65_HS1-834228961_62-HQ-83894_Section_4
Agency: FBI
Page 71
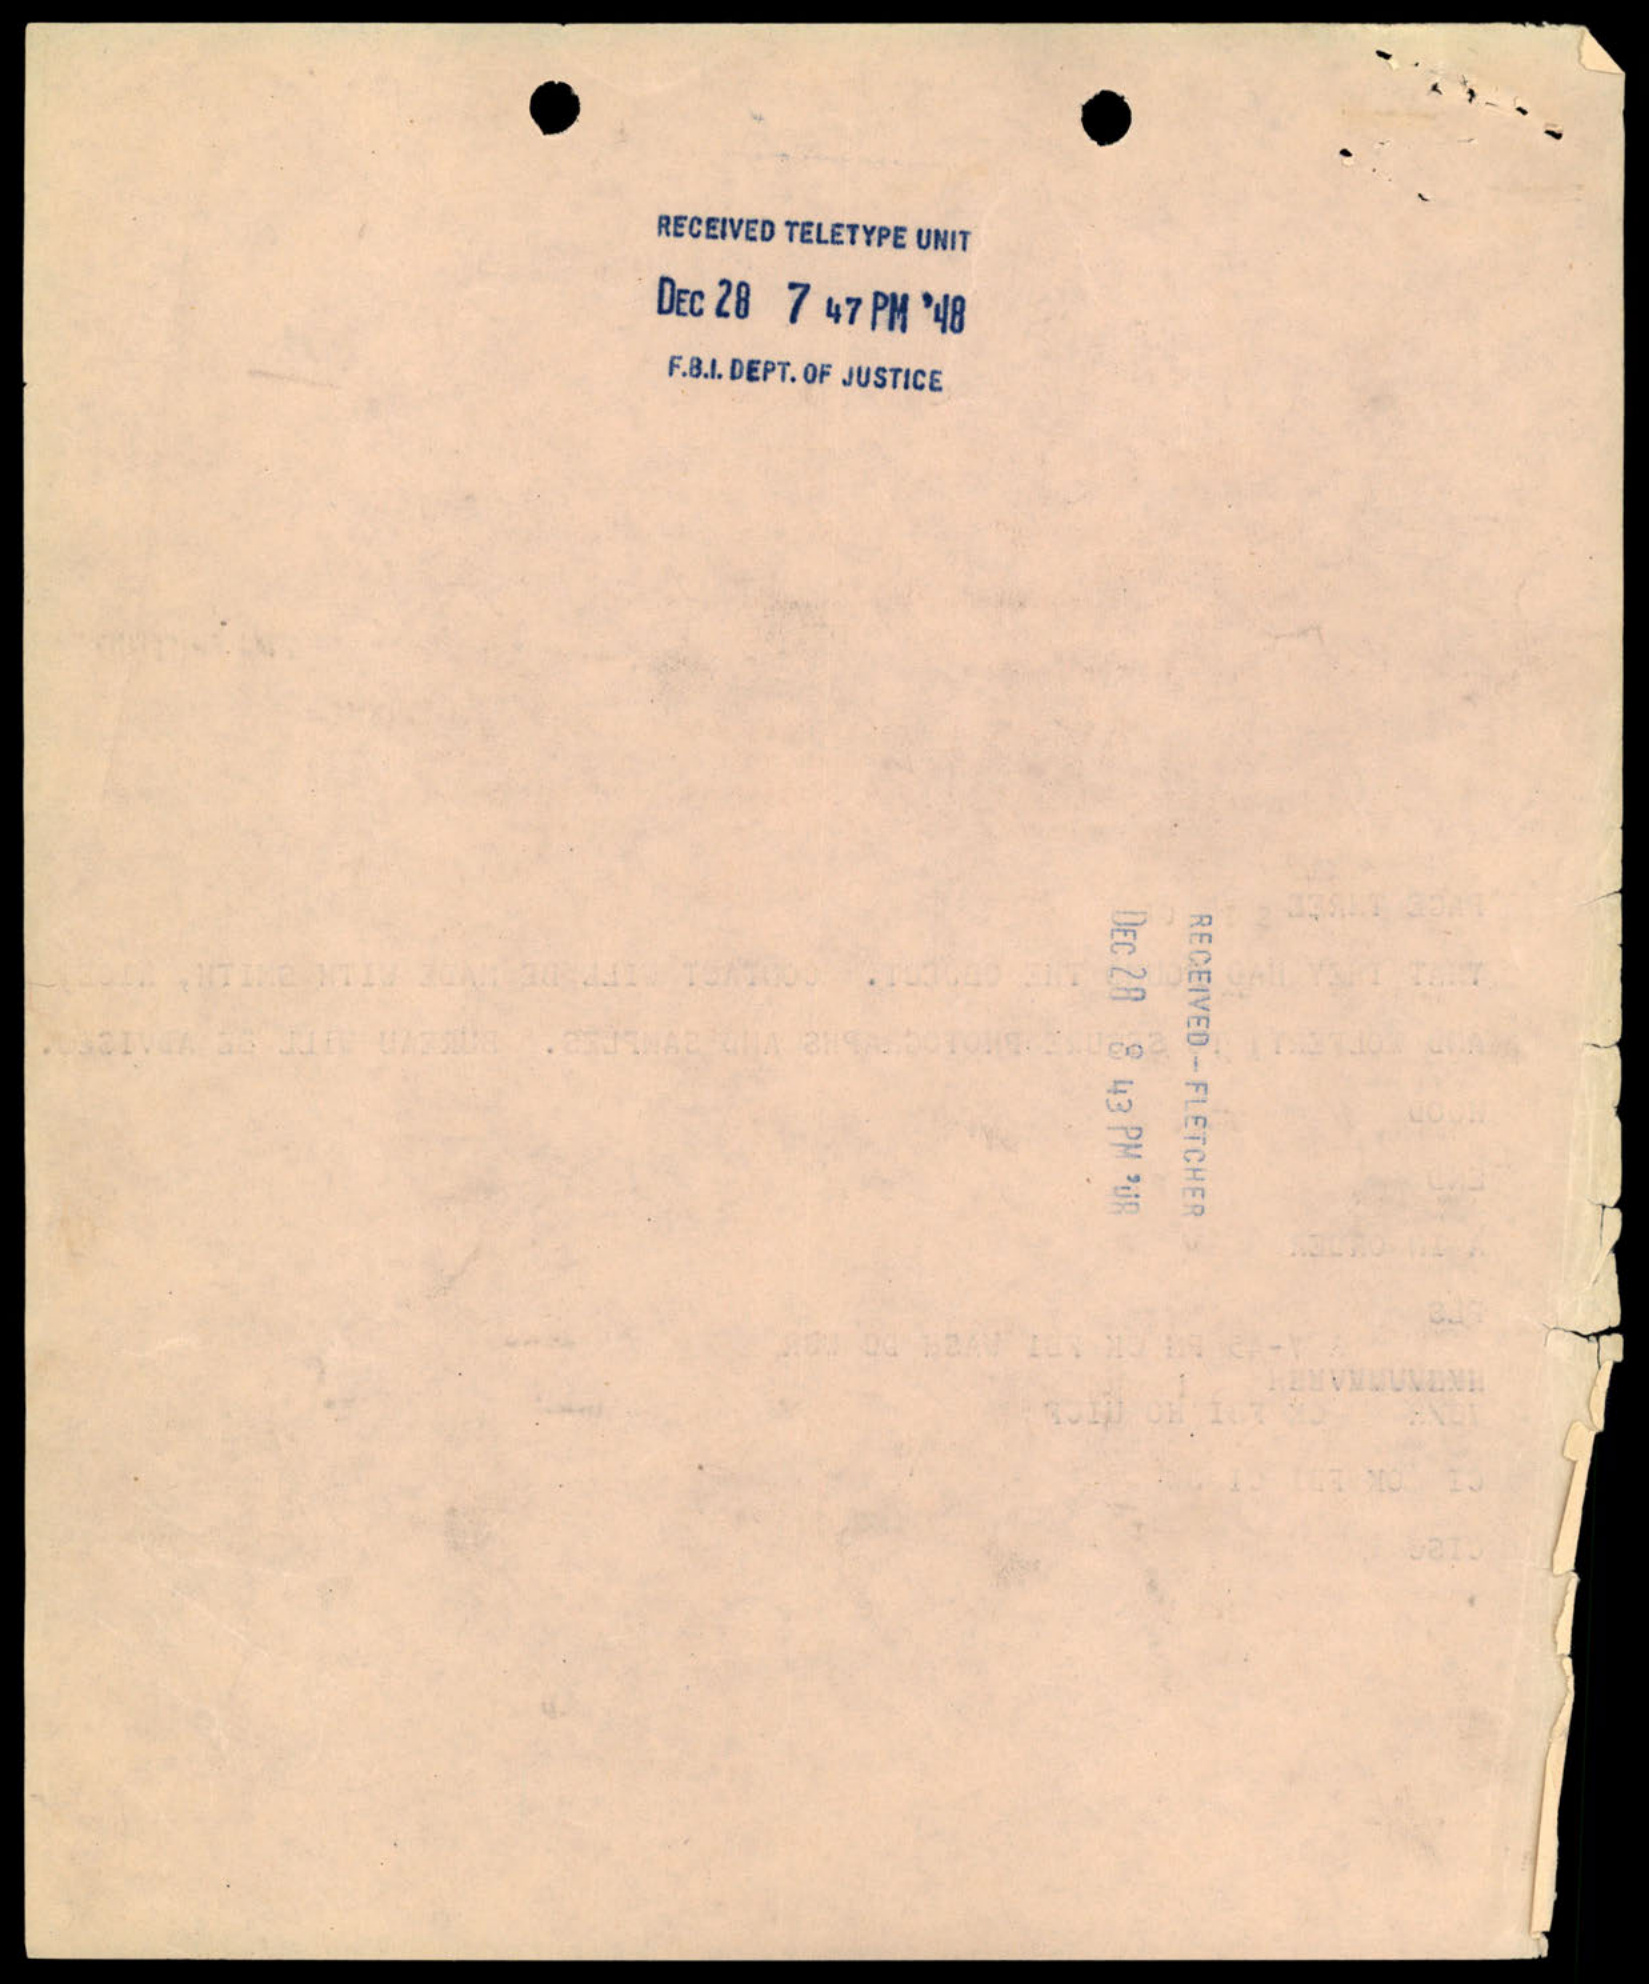